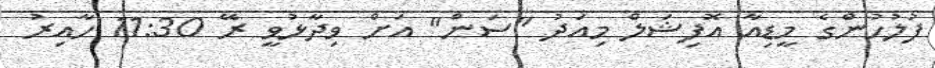
ފުލުހުންގެ މީޑިއާ އޮފިޝަލް މިއަދު "ސަން" އަށް ވިދާޅުވީ ރޭ 11:30 ހާއިރު